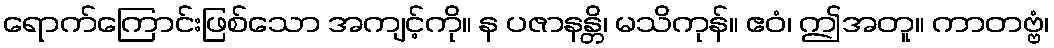
ရောက်ကြောင်းဖြစ်သော အကျင့်ကို။ န ပဇာနန္တိ၊ မသိကုန်။ ဧဝံ၊ ဤအတူ။ ကာတဗ္ဗံ၊